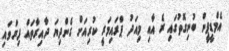
އެމްޑީޕީން ބުނިގޮތުގައި ރެ އާއި މިއަދު ޕްރައިމަރީ ކުރިއަށް ގެންދިޔަ ދާއިރާތައް ފިޔަވައި